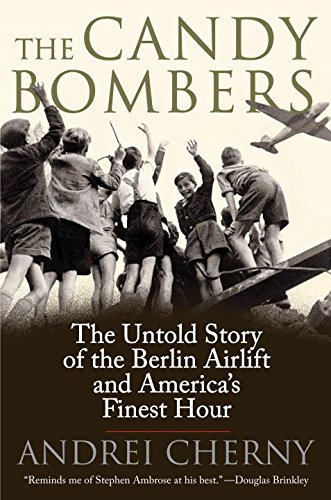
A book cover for The Candy Bombers: The Untold Story of the Berlin Airlift and America's Finest Hour; Andrei Cherny; History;